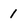
Character: 1